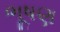
ભૂષણ